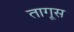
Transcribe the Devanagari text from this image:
तागूस